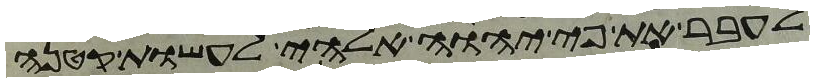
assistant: אעבר את פי יהוה אלהי לעשות קטנה